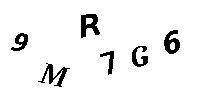
9MR7G6